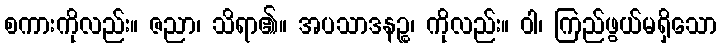
စကားကိုလည်း။ ဇညာ၊ သိရာ၏။ အပသာဒနဉ္စ၊ ကိုလည်း။ ဝါ၊ ကြည်ဖွယ်မရှိသော